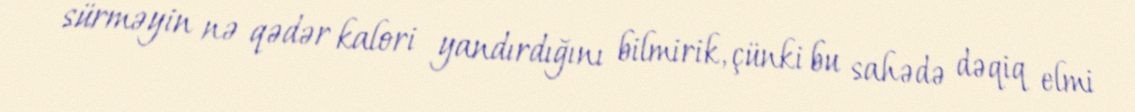
sürməyin nə qədər kalori yandırdığını bilmirik, çünki bu sahədə dəqiq elmi